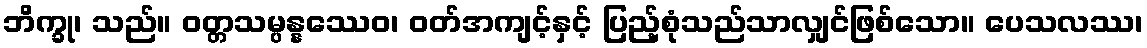
ဘိက္ခု၊ သည်။ ဝတ္တသမ္ပန္နဿေဝ၊ ဝတ်အကျင့်နှင့် ပြည့်စုံသည်သာလျှင်ဖြစ်သော။ ပေသလဿ၊